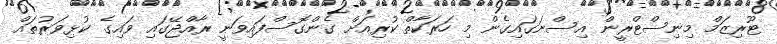
ޓޫރިޒަމް މިނިސްޓްރީން އިސްނަގައިގެން މި ހަރަކާތް ކުރިއަށް ގެންގޮސްފައިވަނީ ރާއްޖޭގައި ވައިގެ ކުޅިވަރުތައް